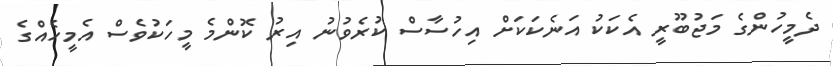
ދެމީހުންގެ މަޖުބޫރީ އެކަކު އަނެކަކަށް އިހުސާސް ކުރެވުނު އިރު ކޮންމެ މީހަކުވެސް އެމީހެއްގެ